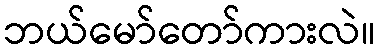
ဘယ်မော်တော်ကားလဲ။